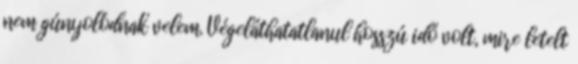
nem gúnyolódnak velem. Végeláthatatlanul hosszú idő volt, mire letelt